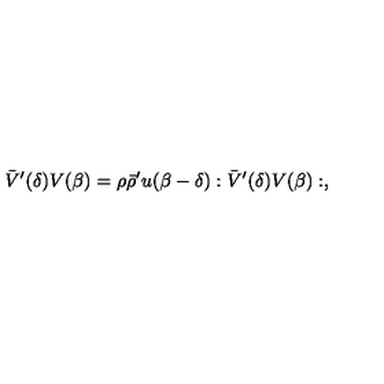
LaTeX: \bar { V } ^ { \prime } ( \delta ) V ( \beta ) = \rho \bar { \rho } ^ { \prime } u ( \beta - \delta ) : \bar { V } ^ { \prime } ( \delta ) V ( \beta ) : ,